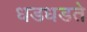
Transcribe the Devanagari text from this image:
धडधडते